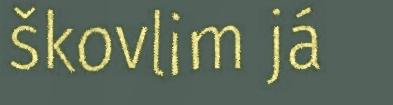
škovlim já